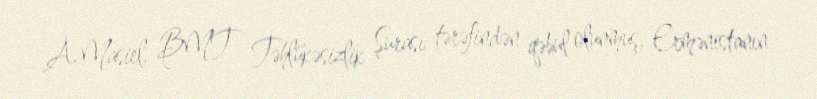
A.Masiel, BMT Təhlükəsizlik Şurası tərəfindən qəbul olunmuş, Ermənistanın